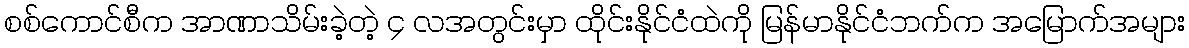
စစ်ကောင်စီက အာဏာသိမ်းခဲ့တဲ့ ၄ လအတွင်းမှာ ထိုင်းနိုင်ငံထဲကို မြန်မာနိုင်ငံဘက်က အမြောက်အများ